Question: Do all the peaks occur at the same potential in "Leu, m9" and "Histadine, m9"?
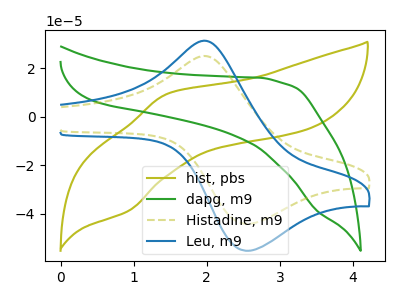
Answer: <think>The olive curve "hist, pbs" has an anodic peak at (1.45V, 9.55uA) and a cathodic peak at (0.95V, -38.80uA). The green curve "dapg, m9" has no peaks. The olive dashed curve "Histadine, m9" has an anodic peak at (2.00V, 24.90uA) and a cathodic peak at (2.55V, -44.20uA). The blue curve "Leu, m9" has an anodic peak at (2.00V, 31.15uA) and a cathodic peak at (2.55V, -55.30uA).</think>
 <answer>Yes, "Leu, m9" have a peak in "Histadine, m9" at the same potential.</answer>
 <eval>match</eval>